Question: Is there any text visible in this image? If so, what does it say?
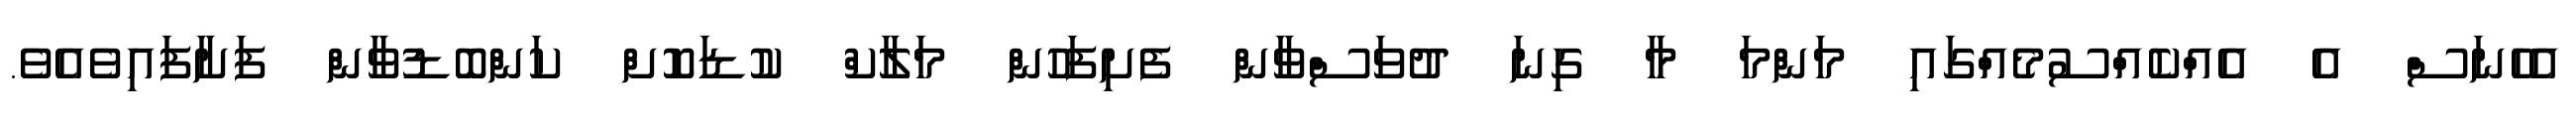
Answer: އެހެނަސް އެ އެއްކެއްސުމެއްގައި މަންމަ މާ ގިނަ ދުވަސްވާން ފެށިފަހުން މަލާކް ކުޑަކޮށް ކަންބޮޑުވާން ފަށާފައިވެއެވެ.